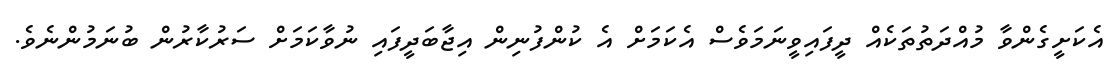
އެކަށީގެންވާ މުއްދަތުތަކެއް ދީފައިވީނަމަވެސް އެކަމަށް އެ ކުންފުނިން އިޖާބަދީފައި ނުވާކަމަށް ސަރުކާރުން ބުނަމުންނެވެ.